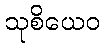
သုစိယေဝ